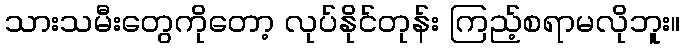
သားသမီးတွေကိုတော့ လုပ်နိုင်တုန်း ကြည့်စရာမလိုဘူး။